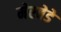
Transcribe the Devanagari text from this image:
मेरवेडे